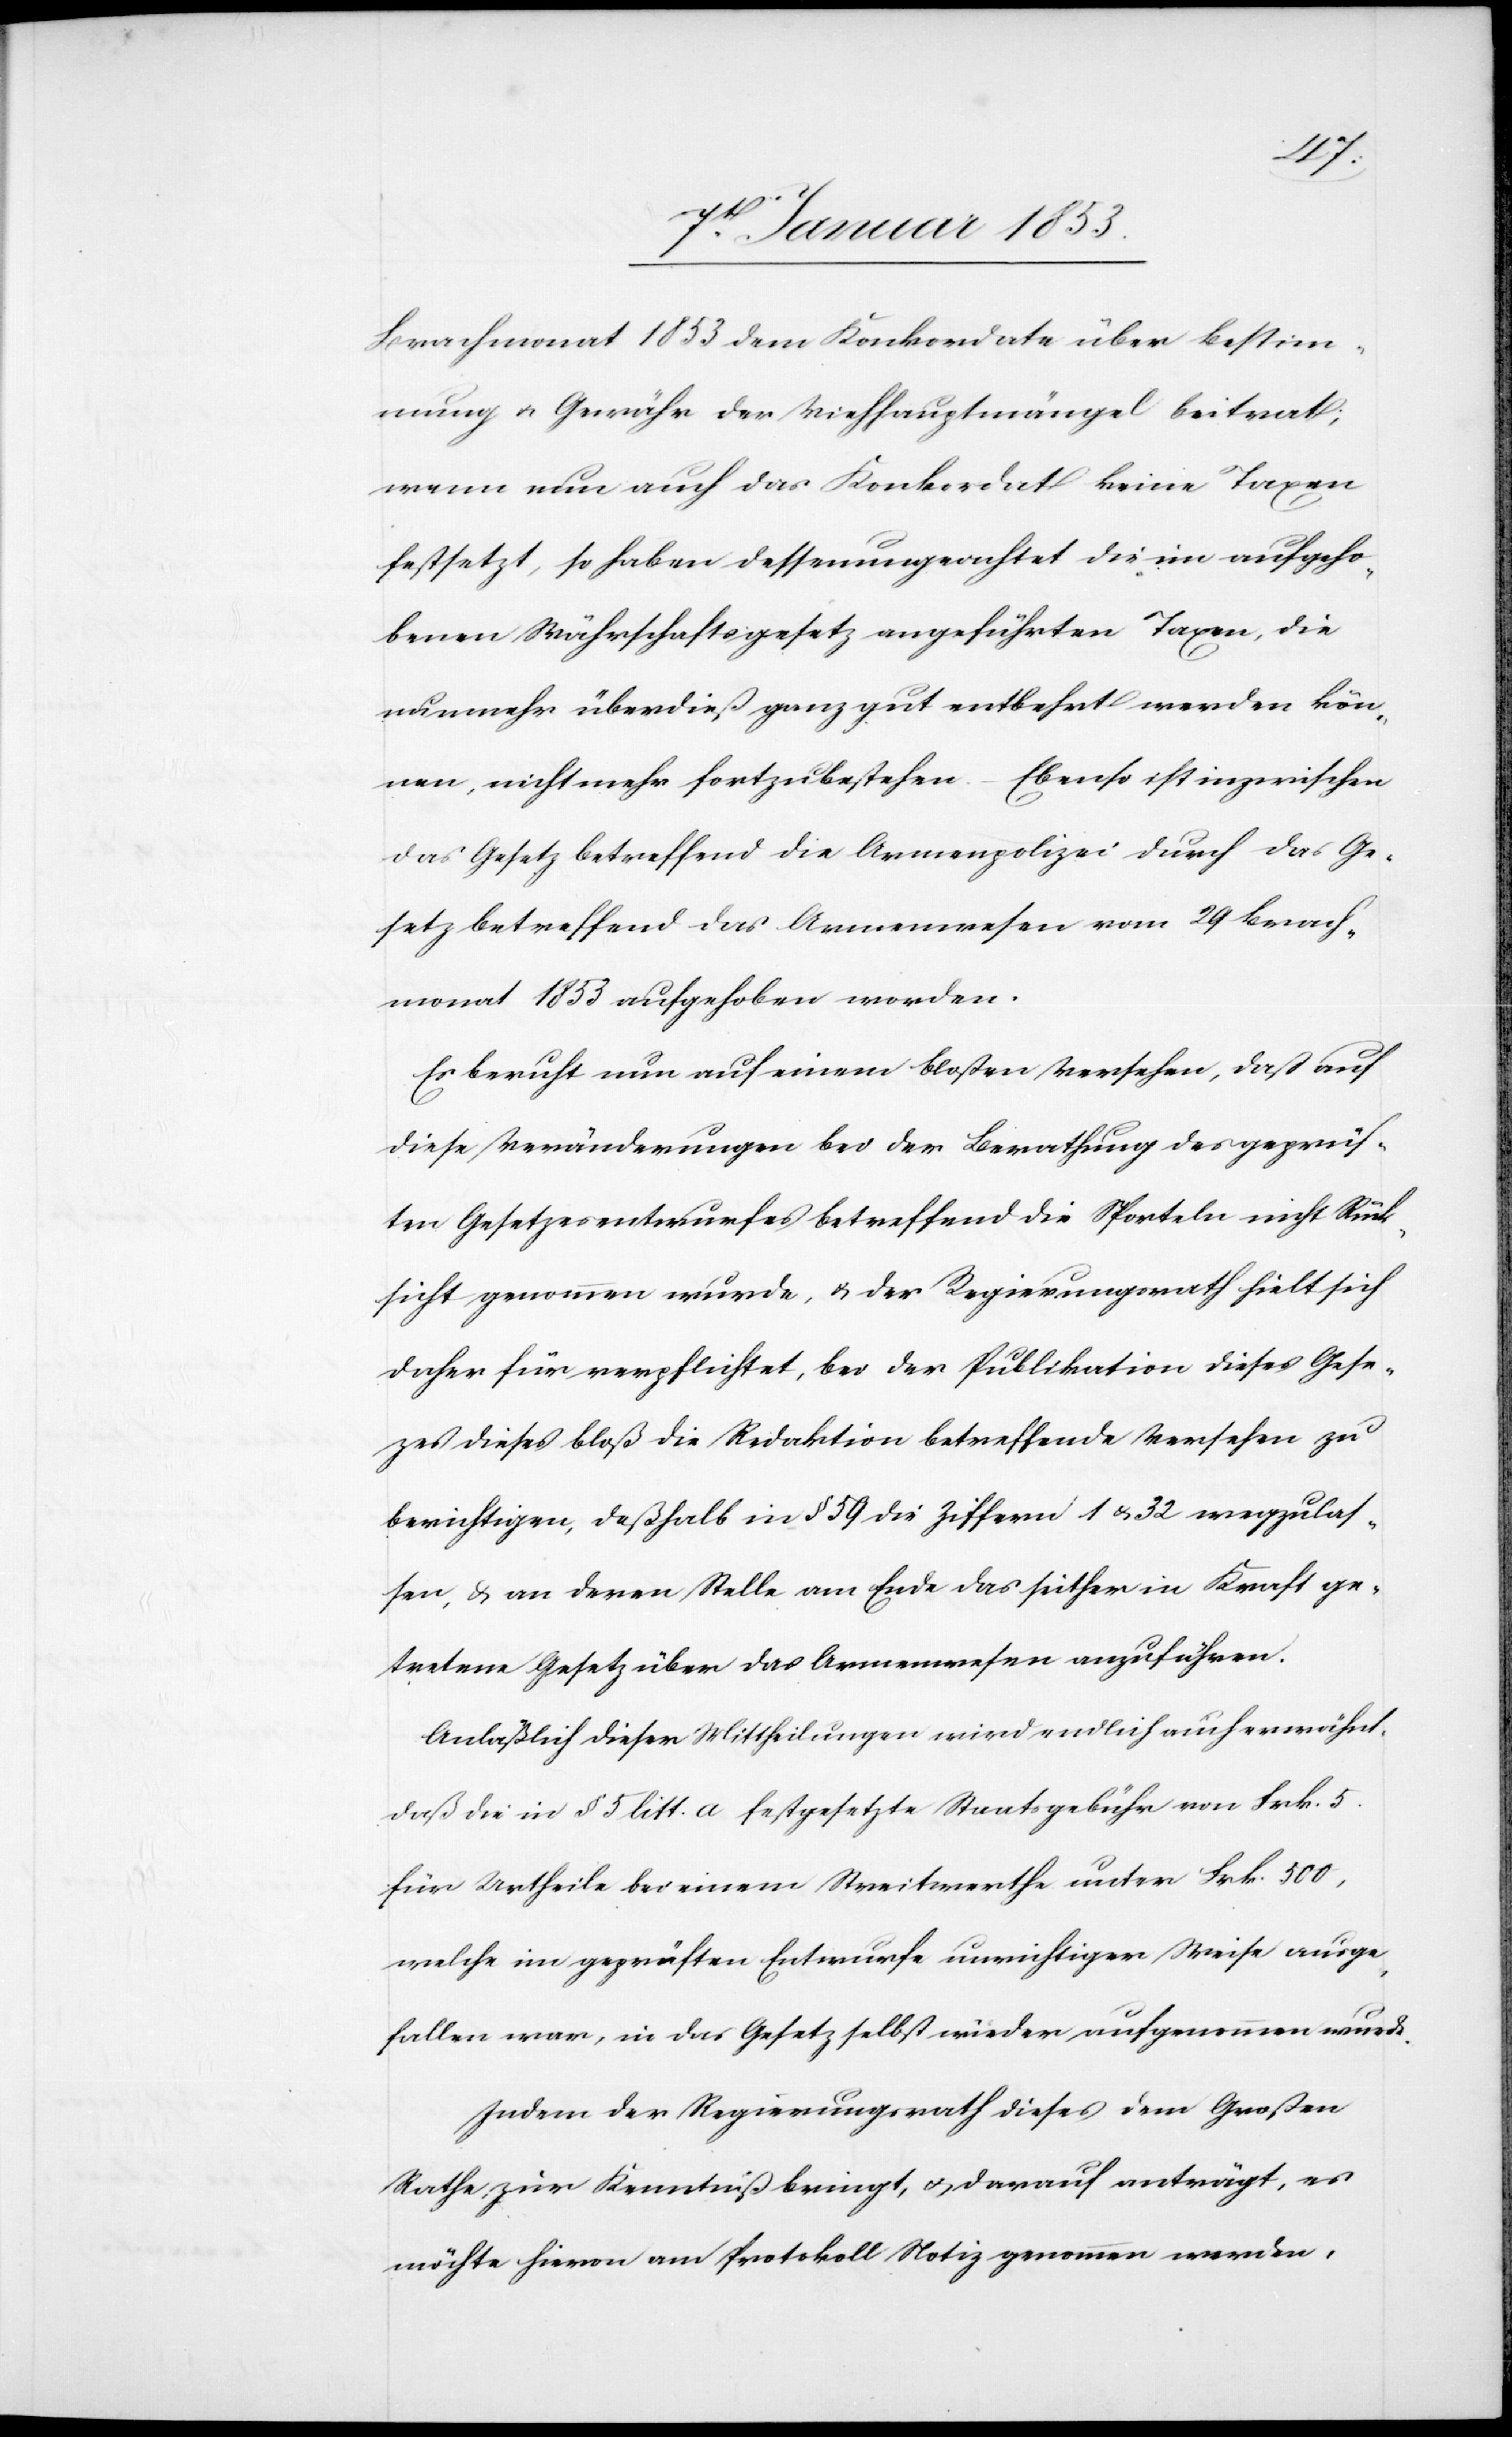
Brachmonat 1853 dem Konkordate über Bestim¬
mung u. Gewähr der Viehhauptmängel beitrat;
wenn nun auch das Konkordat keine Taxen
festsetzt, so haben dessenungeachtet die im aufgeho¬
benenen Währschaftsgesetz angeführten Taxen, die
nunmehr überdieß ganz gut entbehrt werden kön¬
nen, nicht mehr fortzubestehen. – Ebenso ist inzwischen
das Gesetz betreffend die Armenpolizei durch das Ge¬
setz betreffend das Armenwesen vom 29 Brach¬
monat 1853 aufgehoben worden.
Es beruht nun auf einem bloßen Versehen, daß auf
diese Veränderungen bei der Berathung des geprüf¬
ten Gesetzesentwurfes betreffend die Sporteln nicht Rück¬
sicht genommen wurde, & der Regierungsrath hielt sich
daher für verpflichtet, bei der Publikation dieses Gese¬
tzes dieses bloß die Redaktion betreffende Versehen zu
berichtigen, deßhalb in § 59 die Ziffern 1 & 32 wegzulas¬
sen, & an deren Stelle am Ende das seither in Kraft ge¬
tretene Gesetz über das Armenwesen anzuführen.
Anläßlich dieser Mittheilungen wird endlich auch erwähnt,
daß die in § 5 litt. a festgesetzte Staatsgebühr von Frk. 5.
für Urtheile bei einem Streitwerthe unter Frk. 500,
welche im geprüften Entwurfe unrichtiger Weise ausge¬
fallen war, in das Gesetz selbst wieder aufgenommen wurde.
Indem der Regierungsrath dieses dem Großen
Rathe zur Kenntniß bringt, u. darauf anträgt, es
möchte hievon am Protokoll Notiz genommen werden,